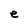
Character: e